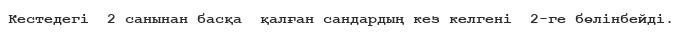
Кестедегі  2 санынан басқа  қалған сандардың кез келгені  2-ге бөлінбейді.